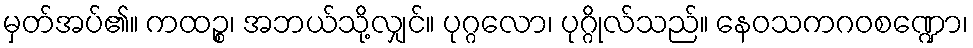
မှတ်အပ်၏။ ကထဉ္စ၊ အဘယ်သို့လျှင်။ ပုဂ္ဂလော၊ ပုဂ္ဂိုလ်သည်။ နေဝသကဂဝစဏ္ဍော၊